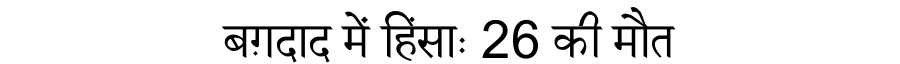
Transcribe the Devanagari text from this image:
बग़दाद में हिंसाः 26 की मौत